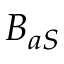
B _ { a S }